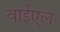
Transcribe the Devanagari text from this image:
वाईएल